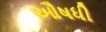
ઔષધી